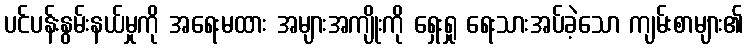
ပင်ပန်းနွမ်းနယ်မှုကို အရေးမထား အများအကျိုးကို ရှေးရှု ရေးသားအပ်ခဲ့သော ကျမ်းစာများ၏